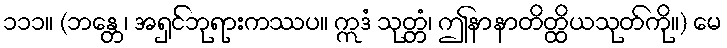
၁၁၁။ (ဘန္တေ၊ အရှင်ဘုရားကဿပ။ ဣဒံ သုတ္တံ၊ ဤနာနာတိတ္ထိယသုတ်ကို။) မေ